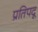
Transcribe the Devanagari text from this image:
प्रतिपदू